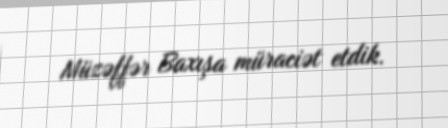
Müzəffər Baxışa müraciət etdik.